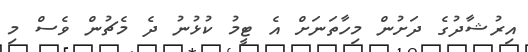
އިރުޝާދުގެ ދަށުން މިހާތަނަށް އެ ޓީމު ކުޅުނު ދެ މެޗުން ވެސް މި